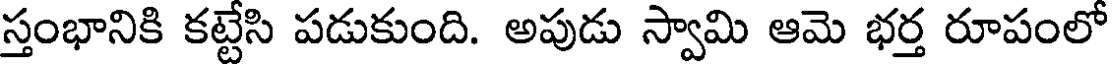
స్తంభానికి కట్టేసి పడుకుంది. అపుడు స్వామి ఆమె భర్త రూపంలో